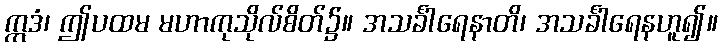
ဣဒံ၊ ဤပထမ မဟာကုသိုလ်စိတ်၌။ အသင်္ခါရေနာတိ၊ အသင်္ခါရေနဟူ၍။